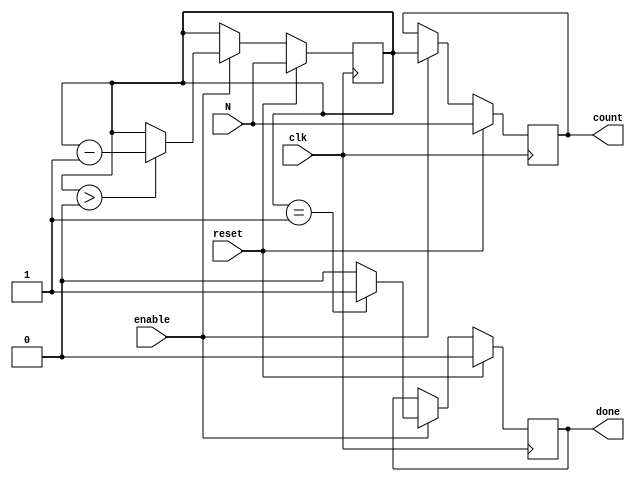
module down_counter (
    input wire clk,           // Clock signal
    input wire reset,         // Synchronous reset signal
    input wire enable,        // Enable signal for counting
    input wire [7:0] N,      // Initial value for the counter
    output reg [7:0] count,   // Current count value
    output reg done          // Signal indicating the counter has reached zero
);

    // Internal register to hold the current count value
    reg [7:0] current_count;

    // Synchronous process for counting
    always @(posedge clk) begin
        if (reset) begin
            // Load the initial value into current_count on reset
            current_count <= N;
            count <= N;    // Update the output count
            done <= 1'b0;  // Reset done signal
        end else if (enable) begin
            if (current_count > 0) begin
                // Decrement the count if it is greater than zero
                current_count <= current_count - 1;
            end
            
            // Update the output count
            count <= current_count;
            
            // Assert done signal when current_count reaches zero
            if (current_count == 1) begin
                done <= 1'b1; // Assert done signal when going to zero
            end else begin
                done <= 1'b0; // Deassert done if not zero
            end
        end
    end

    // Initialize the count and done signals
    initial begin
        count = 8'b0;
        done = 1'b0;
        current_count = 8'b0;
    end

endmodule